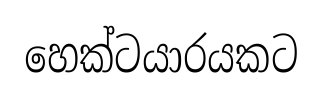
හෙක්ටයාරයකට